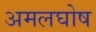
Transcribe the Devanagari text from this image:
अमलघोष